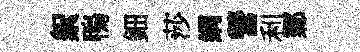
絮鴨鈿莎綱營利鄴